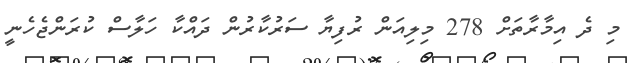
މި ދެ އިމާރާތަށް 278 މިލިއަން ރުފިޔާ ސަރުކާރުން ދައްކާ ހަލާސް ކުރަންޖެހެނީ